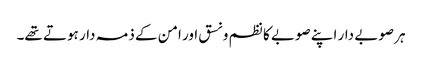
ہر صوبے دار اپنے صوبے کا نظم و نسق اور امن کے ذمہ دار ہوتے تھے۔